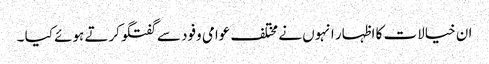
ان خیالات کا اظہار انہوں نے مختلف عوامی وفود سے گفتگوکرتے ہوئے کیا ۔